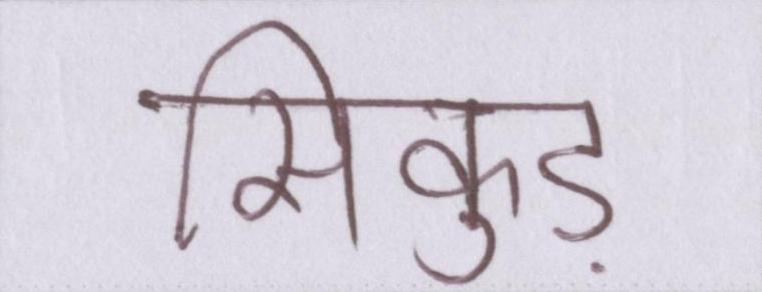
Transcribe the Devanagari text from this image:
सिकुड़